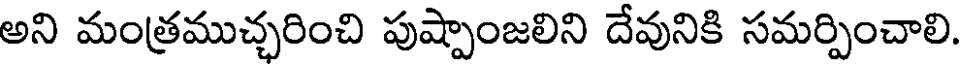
అని మంత్రముచ్చరించి పుష్పాంజలిని దేవునికి సమర్పించాలి.